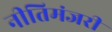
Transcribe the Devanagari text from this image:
नीतिमंजरी